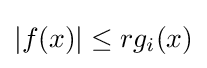
|f(x)|\leq rg_{i}(x)